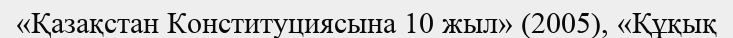
«Қазақстан Конституциясына 10 жыл» (2005), «Құқық